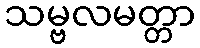
သမ္ဗလမတ္တာ